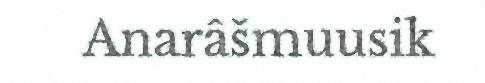
Anarâšmuusik